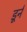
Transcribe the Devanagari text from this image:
डूर्न